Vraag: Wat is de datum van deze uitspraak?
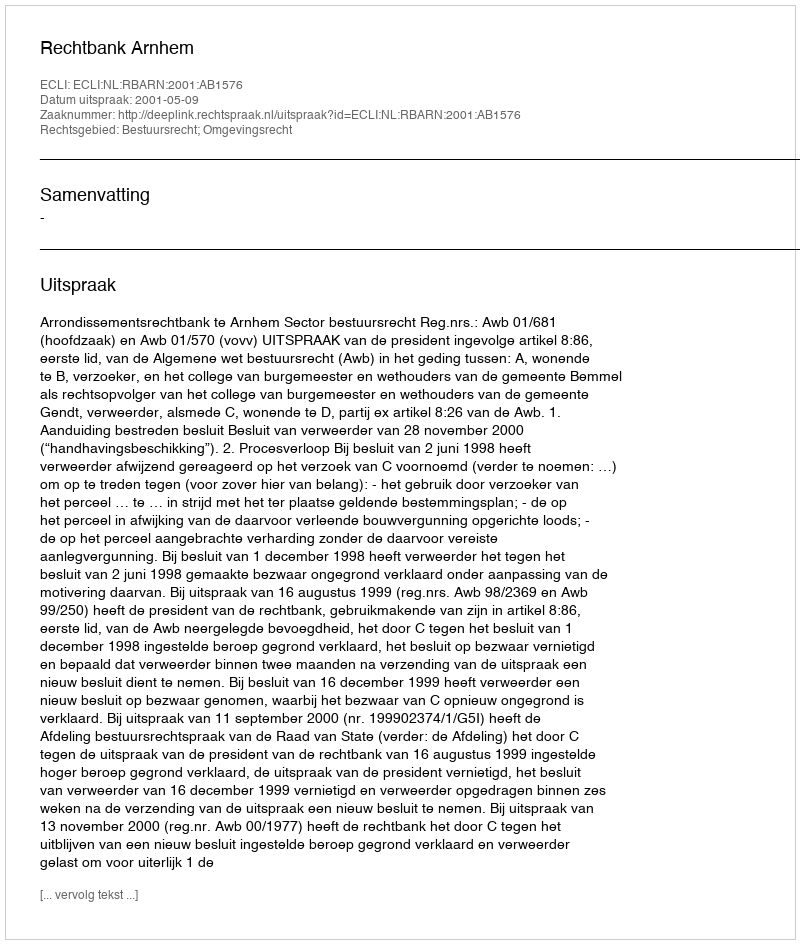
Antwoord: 2001-05-09